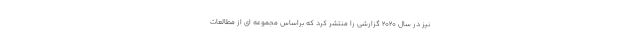
نیز در سال 2020 گزارشی را منتشر کرد که براساس مجموعه ای از مطالعات